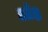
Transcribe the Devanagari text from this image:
प्रतेक्ष